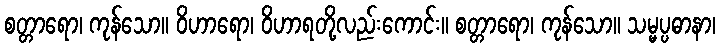
စတ္တာရော၊ ကုန်သော။ ဝိဟာရော၊ ဝိဟာရတို့လည်းကောင်း။ စတ္တာရော၊ ကုန်သော။ သမ္မပ္ပဓာနာ၊